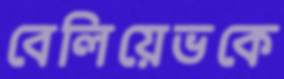
বেলিয়েভকে